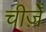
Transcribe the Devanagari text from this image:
चीज़ेँ